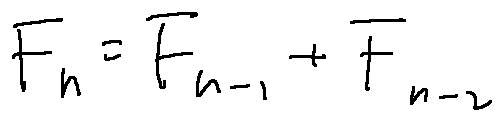
F _ { n } = F _ { n - 1 } + F _ { n - 2 }